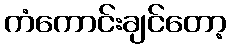
ကံကောင်းချင်တော့